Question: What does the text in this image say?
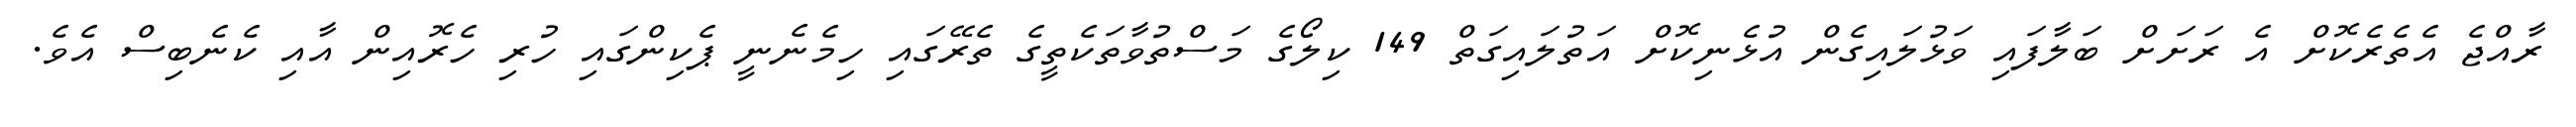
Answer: ރާއްޖެ އެތެރެކޮށް އެ ރަށަށް ބަލާފައި ވަޅުލައިގެން އުޅެނިކޮށް އަތުލައިގަތް 149 ކިލޯގެ މަސްތުވާތަކެތީގެ ތެރޭގައި ހިމެނެނީ ޕެކިންގައި ހުރި ހެރޮއިން އާއި ކެނެބިސް އެވެ.